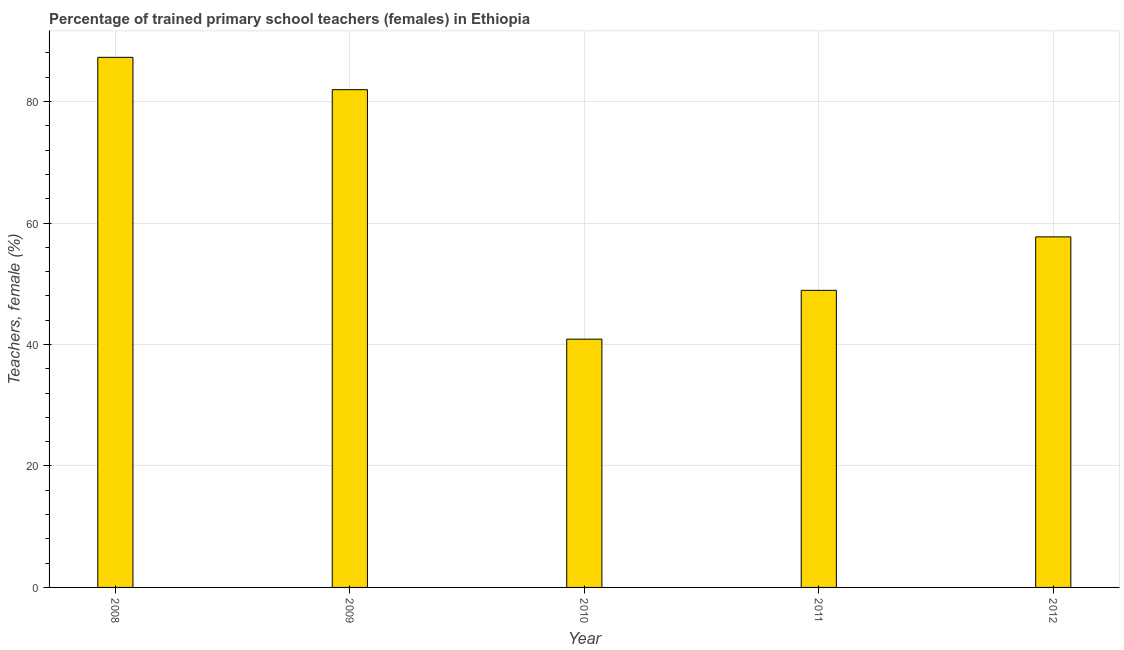
| Year | Trained teachers female |
 | --- | --- |
 | 2008 | 87.3 |
 | 2009 | 82 |
 | 2010 | 40.9 |
 | 2011 | 48.9 |
 | 2012 | 57.7 |